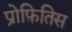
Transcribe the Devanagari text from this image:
प्रोफ़ितिस